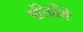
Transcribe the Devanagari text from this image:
छीलेंगे